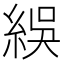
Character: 𬗙